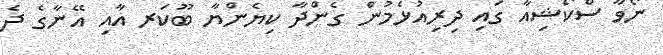
ނޯވާ ސްކޯޝިއާ ގައި ދިރިއުޅެމުން ގެންދާ ކިޔެންޔާ ބޫކަރ އާއި އޭނާގެ ދެ